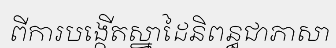
ពីការបង្កើតស្នាដៃនិពន្ធជាភាសា